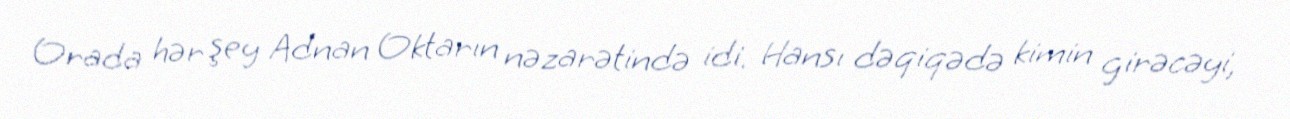
Orada hər şey Adnan Oktarın nəzarətində idi. Hansı dəqiqədə kimin girəcəyi,